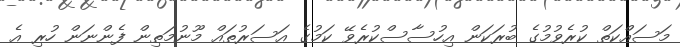
މަސައްކަތް ކުރެވުމުގެ ބުރަކަން އިހުސާސްކުރެވޭ ކަމުގެ އަސަރުތައް މޫނުމަތިން ފެންނަން ހުރި އެ